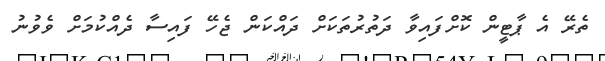
ތެރޭ އެ ޕާޓީން ކޮށްފައިވާ ދަތުރުތަކަށް ދައްކަން ޖެހޭ ފައިސާ ދެއްކުމަށް ވެވުނު